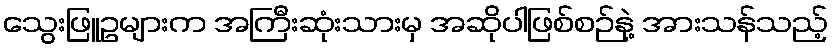
သွေးဖြူဥများက အကြီးဆုံးသားမှ အဆိုပါဖြစ်စဉ်နဲ့ အားသန်သည့်